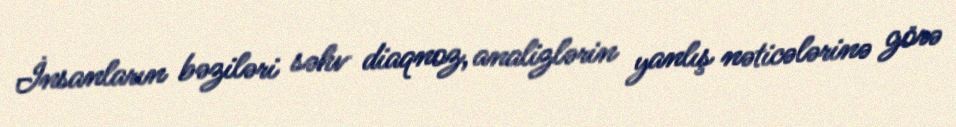
İnsanların bəziləri səhv diaqnoz, analizlərin yanlış nəticələrinə görə